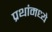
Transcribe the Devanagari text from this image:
प्रथांमध्ये